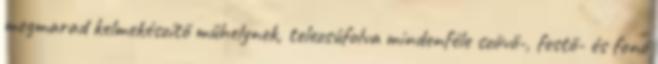
megmarad kelmekészítő műhelynek, telezsúfolva mindenféle szövő-, festő- és fonó